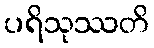
ပရိသုဿတိ